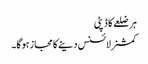
ہر ضلعے کا ڈپٹی
کمشنرلائسنس دینے کا مجاز ہوگا۔